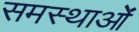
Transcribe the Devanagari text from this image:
समस्थाओं